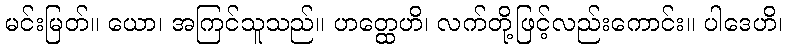
မင်းမြတ်။ ယော၊ အကြင်သူသည်။ ဟတ္ထေဟိ၊ လက်တို့ဖြင့်လည်းကောင်း။ ပါဒေဟိ၊